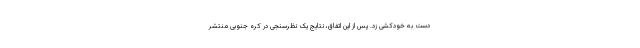
دست به خودکشی زد. پس از این اتفاق، نتایج یک نظرسنجی در کره جنوبی منتشر